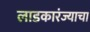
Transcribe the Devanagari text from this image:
लाडकारंज्याचा